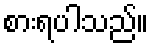
စားရပါသည်။